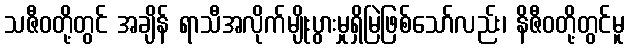
သဇီဝတို့တွင် အချိန် ရာသီအလိုက်မျိုးပွားမှုရှိမြဲဖြစ်သော်လည်း၊ နိဇီဝတို့တွင်မူ